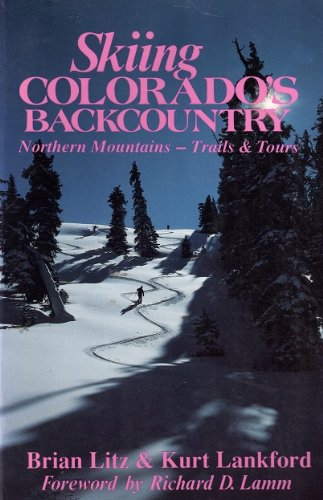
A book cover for Skiing Colorado's Backcountry: Northern MountainsEETrails and Tours; Brian Litz; Travel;